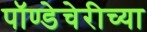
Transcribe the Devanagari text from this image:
पॉण्डेचेरीच्या